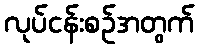
လုပ်ငန်းစဉ်အတွက်